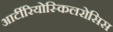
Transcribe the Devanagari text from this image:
आर्टीरियोस्किलरोसिस